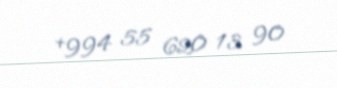
+994 55 620 13 90